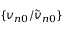
\{ { v _ { n 0 } } / { \widetilde v _ { n 0 } } \}